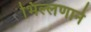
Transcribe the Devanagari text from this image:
भिल्लणाने